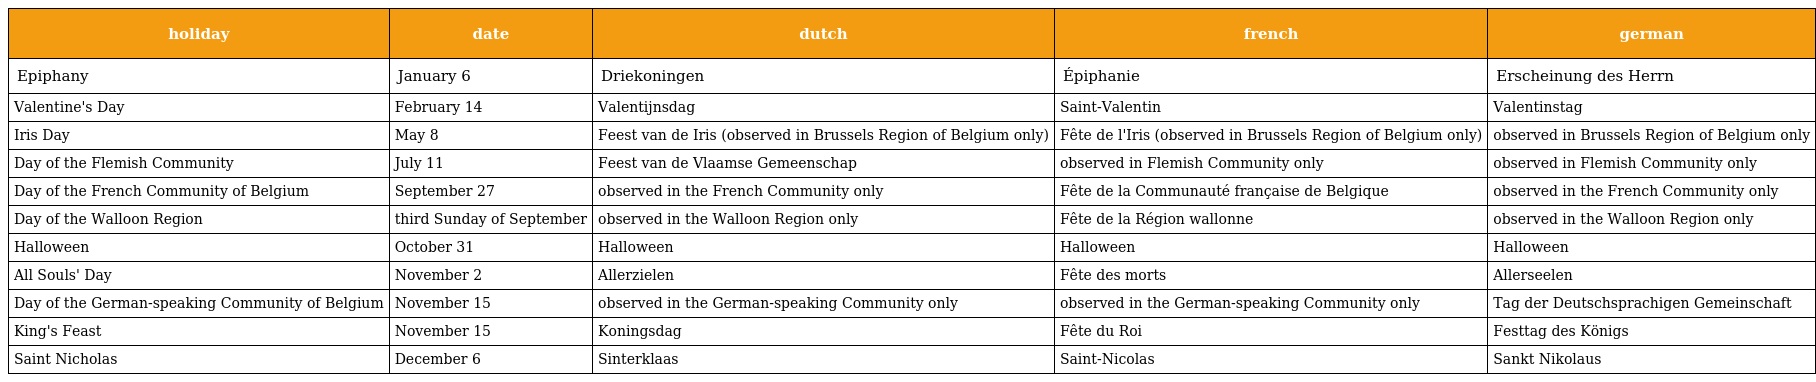
| holiday | date | dutch | french | german |
 | --- | --- | --- | --- | --- |
 | Epiphany | January 6 | Driekoningen | Épiphanie | Erscheinung des Herrn |
 | Valentine's Day | February 14 | Valentijnsdag | Saint-Valentin | Valentinstag |
 | Iris Day | May 8 | Feest van de Iris (observed in Brussels Region of Belgium only) | Fête de l'Iris (observed in Brussels Region of Belgium only) | observed in Brussels Region of Belgium only |
 | Day of the Flemish Community | July 11 | Feest van de Vlaamse Gemeenschap | observed in Flemish Community only | observed in Flemish Community only |
 | Day of the French Community of Belgium | September 27 | observed in the French Community only | Fête de la Communauté française de Belgique | observed in the French Community only |
 | Day of the Walloon Region | third Sunday of September | observed in the Walloon Region only | Fête de la Région wallonne | observed in the Walloon Region only |
 | Halloween | October 31 | Halloween | Halloween | Halloween |
 | All Souls' Day | November 2 | Allerzielen | Fête des morts | Allerseelen |
 | Day of the German-speaking Community of Belgium | November 15 | observed in the German-speaking Community only | observed in the German-speaking Community only | Tag der Deutschsprachigen Gemeinschaft |
 | King's Feast | November 15 | Koningsdag | Fête du Roi | Festtag des Königs |
 | Saint Nicholas | December 6 | Sinterklaas | Saint-Nicolas | Sankt Nikolaus |